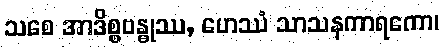
သစေ အာဒိစ္စဗန္ဓုဿ, ဟေဿံ သာသနကာရကော၊